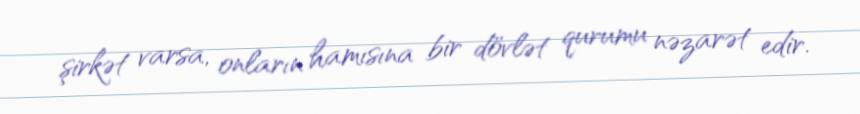
şirkət varsa, onların hamısına bir dövlət qurumu nəzarət edir.